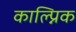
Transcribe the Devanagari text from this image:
काल्प्निक